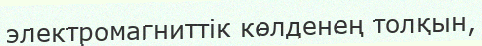
электромагниттік көлденең толқын,